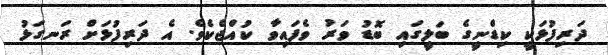
ދަރިފުޅަކީ ކިޑްނީގެ ބަލީގައި ބޮޑު ވަރު ވެފައިވާ ކުއްޖެކެވެ. އެ ދަރިފުޅަށް ރަނގަޅު